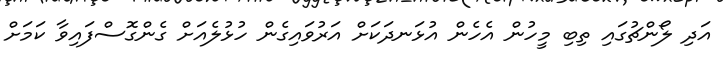
އަދި ލޯންޗުގައި ތިބި މީހުން އެހެން އުޅަނދަކަށް އަރުވައިގެން ހުޅުލެއަށް ގެންގޮސްފައިވާ ކަމަށް